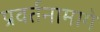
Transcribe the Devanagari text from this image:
प्रवर्तनामागे